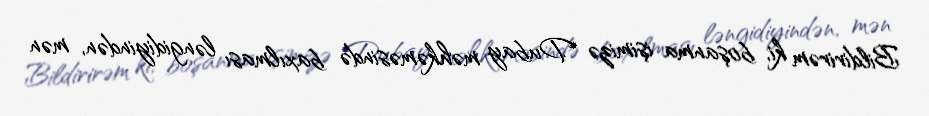
Bildirirəm ki, boşanma işimizə Dubay məhkəməsində baxılması ləngidiyindən, mən